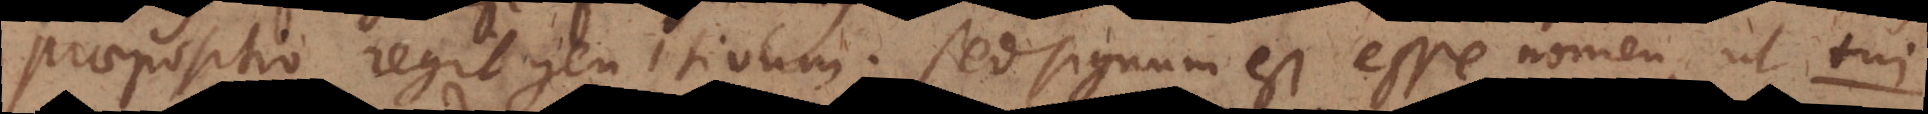
epositio regit genitivum; sed signum est esse nomen, ut tui